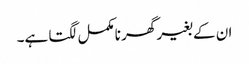
ان کے بغیر گھر نامکمل لگتا ہے۔